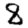
Digit: 8